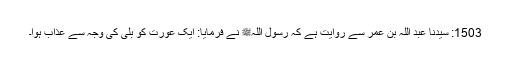
1503: سیدنا عبد اللہ بن عمرؓ سے روایت ہے کہ رسول اللہﷺ نے فرمایا: ایک عورت کو بلی کی وجہ سے عذاب ہوا۔